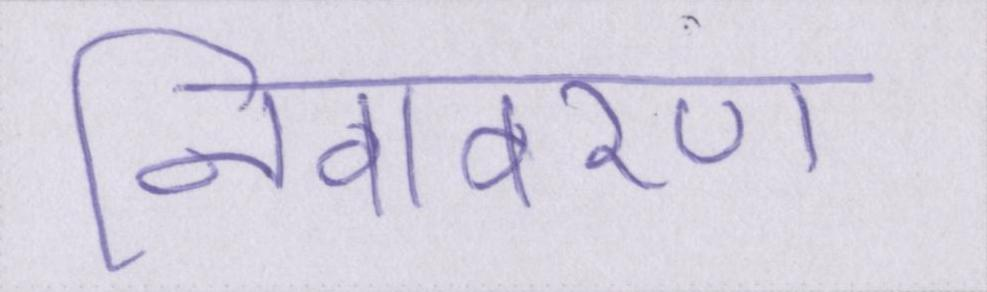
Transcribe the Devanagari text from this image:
निवावरण